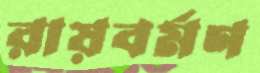
রায়বর্মণ